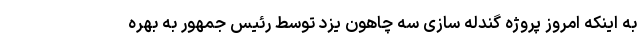
به اینکه امروز پروژه گندله سازی سه چاهون یزد توسط رئیس جمهور به بهره